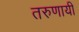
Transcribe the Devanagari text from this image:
तरुणायी